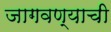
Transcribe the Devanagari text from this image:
जागवण्याची